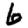
Digit: 6